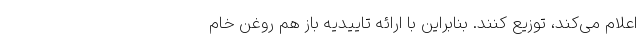
اعلام می‌کند، توزیع کنند. بنابراین با ارائه تاییدیه باز هم روغن خام